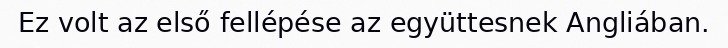
Ez volt az első fellépése az együttesnek Angliában.